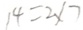
1 4 = 2 \times 7